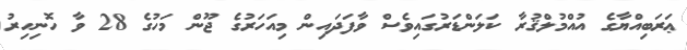
ޢަރަބިއްޔާގެ އުއްމުލްޤުރާ ކަލަންޑަރުގައިވެސް ވާފަދައިން މިއަހަރުގެ ޖޫން މަހުގެ 28 ވާ ހޮނިހިރު